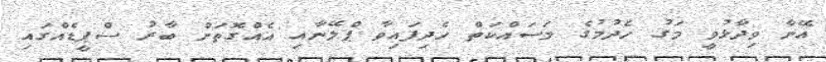
އޭނާ ވިދާޅުވީ މަގު ހެދުމުގެ މަސައްކަތް ހެދިފައިވާ ޕްލޭނާއި އެއްގޮތަށް ބާރު ސްޕީޑެއްގައި